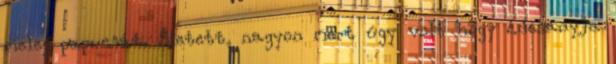
meleg papucsát. Sietett, nagyon mert úgy volt hogy édesanyja